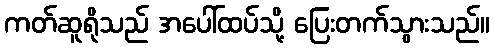
ကတ်ဆူရိုသည် အပေါ်ထပ်သို့ ပြေးတက်သွားသည်။